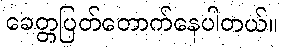
ခေတ္တပြတ်တောက်နေပါတယ်။